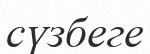
сүзбеге